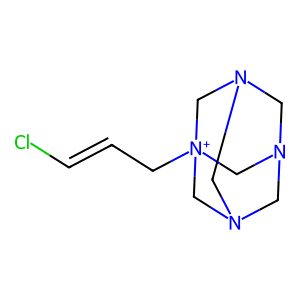
SMILES: ClC=CC[N+]12CN3CN(CN(C3)C1)C2
Inhibits HIV replication: No